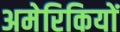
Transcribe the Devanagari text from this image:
अमेरिकियों